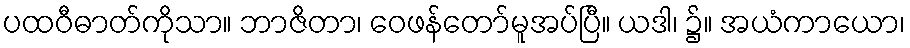
ပထဝီဓာတ်ကိုသာ။ ဘာဇိတာ၊ ဝေဖန်တော်မူအပ်ပြီ။ ယဒါ၊ ၌။ အယံကာယော၊